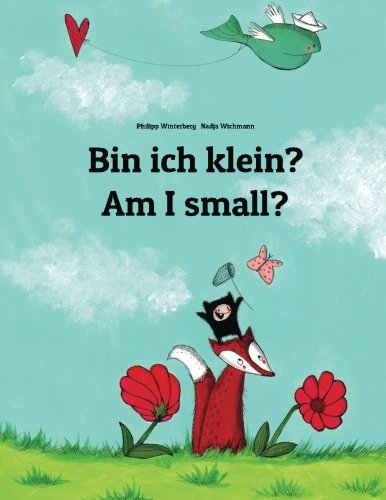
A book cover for Bin ich klein? Am I small?: Kinderbuch Deutsch-Englisch (zweisprachig/bilingual); Philipp Winterberg; Children's Books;